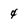
Character: 4